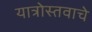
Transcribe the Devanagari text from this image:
यात्रोस्तवाचे